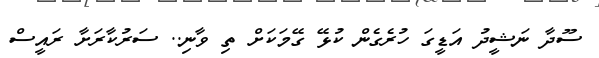
ސޫދާ ނަޝީދު އަޑީގަ ހުރެގެން ކުޅޭ ގޭމަކަށް ތި ވާނި.. ސަރުކާރަށާ ރައީސް